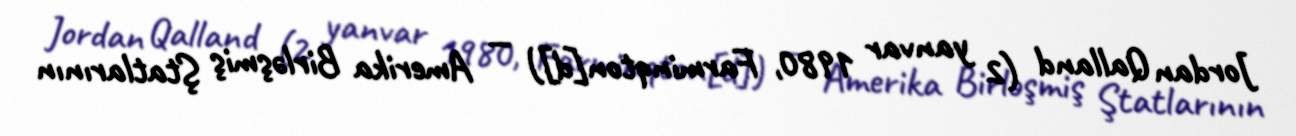
Jordan Qalland (2 yanvar 1980, Farminqton[d]) — Amerika Birləşmiş Ştatlarının